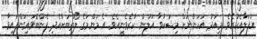
އުފަލާއެކުއެވެ. މިއަދު އަހަންނަށް މިޝަކުވާ އަލުން ކުރެވެނީއެވެ. އެ މަންމަގެ ލޯތްބަށްއެދި ފެންބޮވައިގަންފައިވާ